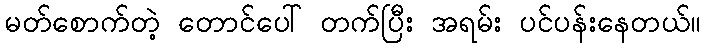
မတ်စောက်တဲ့ တောင်ပေါ် တက်ပြီး အရမ်း ပင်ပန်းနေတယ်။